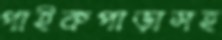
পাইকপাড়াসহ